Annual administration report of the Civil Veterinary Department of India - 1910-1911
Year: 1910
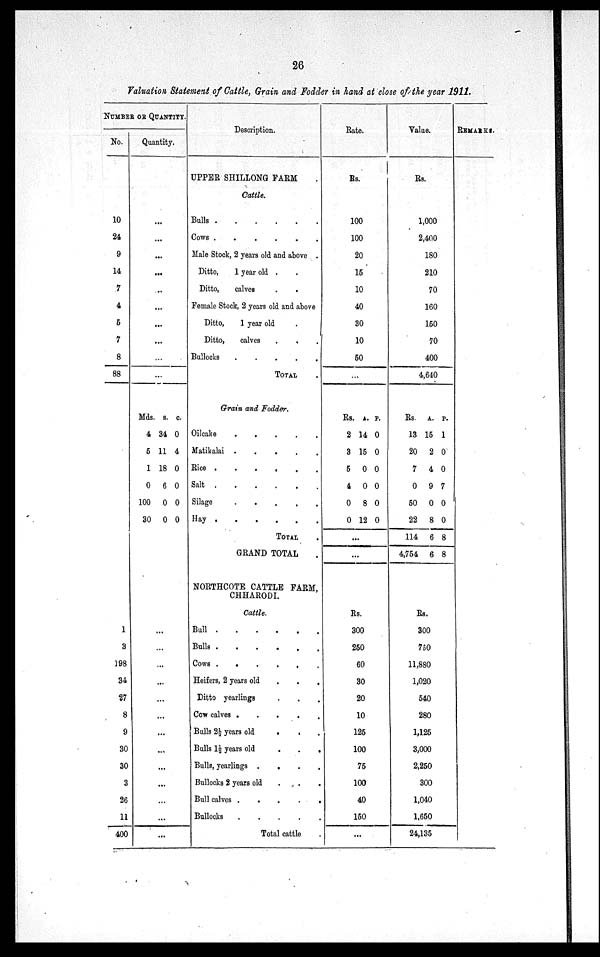
26
Valuation Statement of Cattle, Grain and Fodder in hand at close of the year 1911.
NUMBER OR QUANTITY.
No.
10
24
9
14
7
4
5
7
8
88
1
3
198
34
27
8
9
30
30
3
26
11
400
Quantity.
...
...
...
...
...
...
...
...
...
...
Mds.
4
5
1
0
100
30
s.
34
11
18
6
0
0
c.
0
4
0
0
0
0
...
...
...
...
...
...
...
...
...
...
...
...
...
Description.
UPPER SHILLONG FARM
Cattle.
Bulls
.
.
.
.
.
.
Cows
.
.
.
.
.
.
Male Stock, 2 years old and above .
Ditto, 1 year old . .
Ditto,
calves . .
Female Stock, 2 years old and above
Ditto, 1 year old .
Ditto,
calves . . . .
Bullocks
.
.
.
.
.
TOTAL .
Grain and Fodder.
Oilcake
.
.
.
.
.
Matikalai .
.
.
.
.
Rice
.
.
.
.
.
.
Salt
.
.
.
.
.
.
Silage
. . . . . .
Hay
.
.
.
.
.
.
TOTAL .
GRAND TOTAL .
NORTHCOTE CATTLE FARM,
CHHARODI.
Cattle.
Bull
.
.
.
.
.
.
Bulls
.
.
.
.
.
.
Cows .
.
.
.
.
.
Heifers, 2 years old . . .
Ditto yearlings . . .
Cow calves . . . . .
Bulls 2½ years old
.
.
.
Bulls 1½ years old
.
.
.
Bulls, yearlings .
.
.
.
Bullocks 2 years old . . .
Bull calves
.
.
.
.
Bullocks
.
.
.
.
.
Total cattle .
Rate.
Rs.
100
100
20
15
10
40
30
10
50
...
Rs.
2
3
5
4
0
0
...
...
A.
14
15
0
0
8
12
P.
0
0
0
0
0
0
Rs.
300
250
60
30
20
10
125
100
75
100
40
150
...
Value.
Rs.
1,000
2,400
180
210
70
160
150
70
400
4,640
Rs.
13
20
7
0
50
22
114
4,754
A.
15
2
4
9
0
8
6
6
P.
1
0
0
7
0
0
8
8
Rs.
300
750
11,880
1,020
540
280
1,125
3,000
2,250
300
1,040
1,650
24,135
REMARKS.